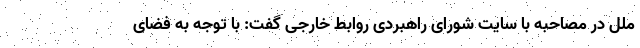
ملل در مصاحبه با سایت شورای راهبردی روابط خارجی گفت: با توجه به فضای